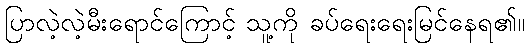
ပြာလဲ့လဲ့မီးရောင်ကြောင့် သူ့ကို ခပ်ရေးရေးမြင်နေရ၏။